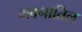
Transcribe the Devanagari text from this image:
भवनातिल